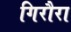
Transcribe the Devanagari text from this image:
गिरौरा